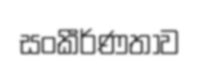
සංකීර්ණතාව